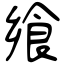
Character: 飨